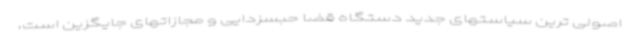
اصولی ترین سیاستهای جدید دستگاه قضا حبسزدایی و مجازاتهای جایگزین است،